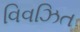
વિવઝિત